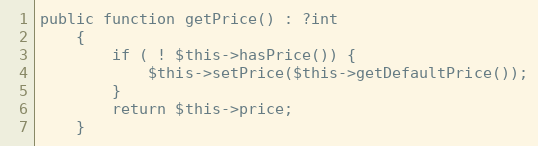
Language: PHP
public function getPrice() : ?int
    {
        if ( ! $this->hasPrice()) {
            $this->setPrice($this->getDefaultPrice());
        }
        return $this->price;
    }